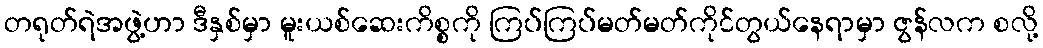
တရုတ်ရဲအဖွဲ့ဟာ ဒီနှစ်မှာ မူးယစ်ဆေးကိစ္စကို ကြပ်ကြပ်မတ်မတ်ကိုင်တွယ်နေရာမှာ ဇွန်လက စလို့